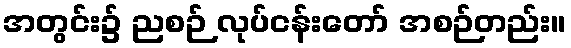
အတွင်း၌ ညစဉ် လုပ်ငန်းတော် အစဉ်တည်း။